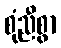
စုံညီစွာ